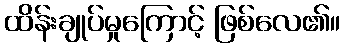
ထိန်းချုပ်မှုကြောင့် ဖြစ်လေ၏။